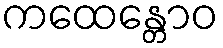
ကထေန္တောဝ